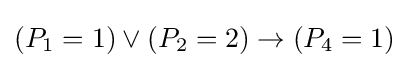
(P_{1}=1)\lor (P_{2}=2)\to (P_{4}=1)